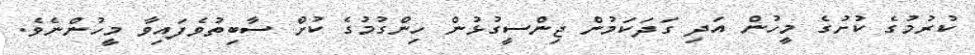
ކުރުމުގެ ކުށުގެ މީހުން އަދި ގަދަކަމުން ޖިންސީގުޅުން ހިންގުމުގެ ކުށް ސާބިތުވެފައިވާ މީހުންނެވެ.